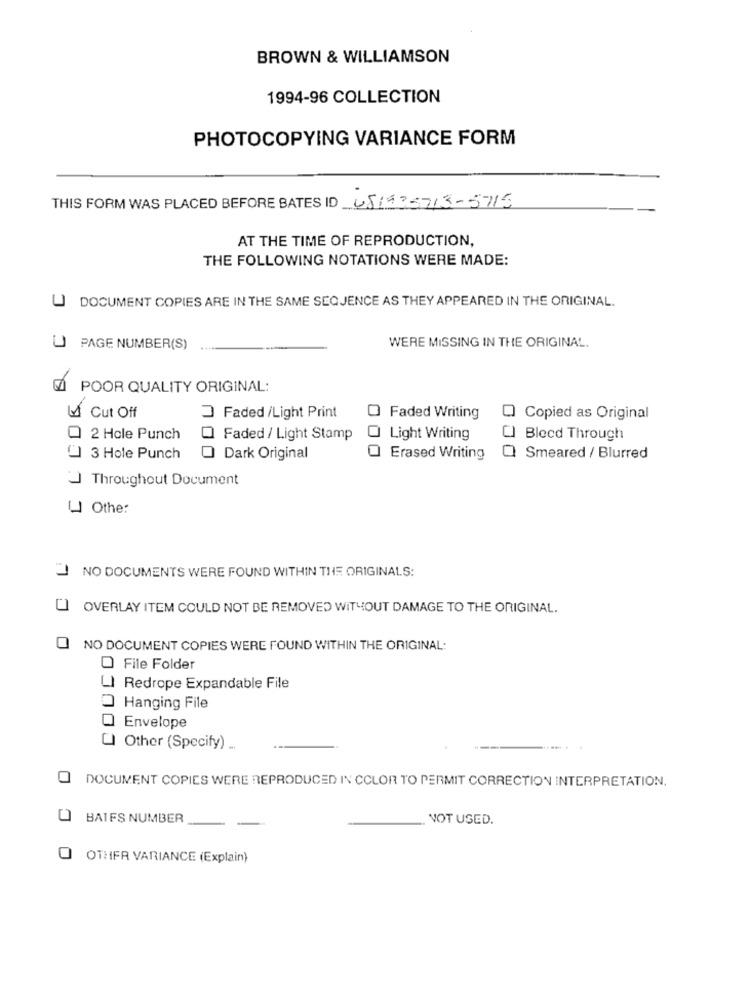
BROWN & WILLIAMSON
1994-96 COLLECTION
PHOTOCOPYING VARIANCE FORM
THIS FORM WAS PLACED BEFORE BATES ID 681535713-5715
AT THE TIME OF REPRODUCTION,
THE FOLLOWING NOTATIONS WERE MADE:
U DOCUMENT COPIES ARE IN THE SAME SECJENCE AS THEY APPEARED IN THE ORIGINAL.
U PAGE NUMBER(S)
WERE MISSING IN THE ORIGINAL.
POOR QUALITY ORIGINAL:
M Cut Off
3Faded /Light Print
Faded Writing
Copied as Original
Q 2 Hole Punch
Faded / Light Stamp
Light Writing
Bleed Through
3 Hole Punch
Dark Original
Erased Writing
Smeared / Blurred
Throughout Document
L Othe:
NO DOCUMENTS WERE FOUND WITHIN THE ORIGINALS:
OVERLAY ITEM COULD NOT BE REMOVED WITHOUT DAMAGE TO THE ORIGINAL.
NO DOCUMENT COPIES WERE FOUND WITHIN THE ORIGINAL:
File Folder
Redrope Expandable File
Hanging File
Envelope
Other (Specify) ..
DOCUMENT COPIES WERE REPRODUCED IN COLOR TO PERMIT CORRECTION INTERPRETATION.
BAIFS NUMBER
NOT USED.
O OTHER VARIANCE (Explain)